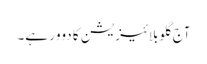
آج گلوبلائیزیشن کا دوور ہے۔